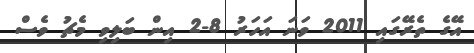
އޭގެ ތެރޭގައި 2011 ވަނަ އަހަރު 8-2 އިން ބަލިވި މެޗު ވެސް